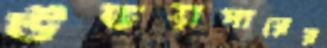
উভয়পারের